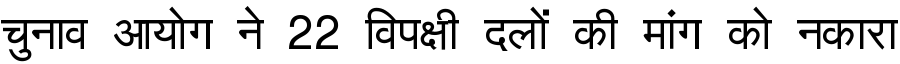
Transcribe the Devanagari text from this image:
चुनाव आयोग ने 22 विपक्षी दलों की मांग को नकारा